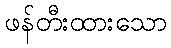
ဖန်တီးထားသော